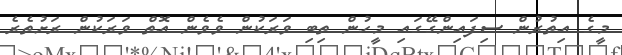
މީގެ އިތުރުން ސިފައިންގޭގައި މީހުން ތިބި ވަރަކުން ވެވެން އޮތް ވަރަކުން ރަށުތެރެ